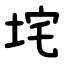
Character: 垞